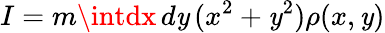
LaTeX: I=m\intdx\, d\mathit{y}\, (x^{2}+\mathit{y}^{2})\rho(x,\mathit{y})